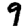
Digit: 9